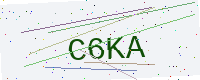
Text: C6KA